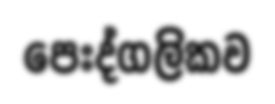
පෙඃද්ගලිකව